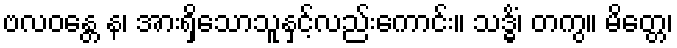
ဗလဝန္တေ န၊ အားရှိသောသူနှင့်လည်းကောင်း။ သဒ္ဓိံ၊ တကွ။ မိတ္တေ၊